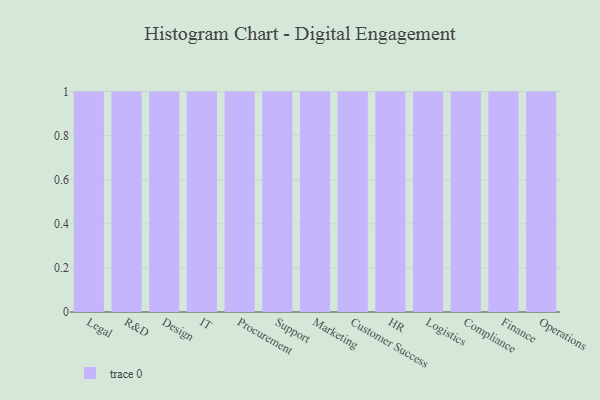
{"axis": {"x": "Department", "y": "Energy Usage (MWh)"}, "legend": [""], "data": [{"x": "Legal", "y": 24, "type": ""}, {"x": "R&D", "y": 46, "type": ""}, {"x": "Design", "y": 49, "type": ""}, {"x": "IT", "y": 74, "type": ""}, {"x": "Procurement", "y": 92, "type": ""}, {"x": "Support", "y": 82, "type": ""}, {"x": "Marketing", "y": 30, "type": ""}, {"x": "Customer Success", "y": 48, "type": ""}, {"x": "HR", "y": 73, "type": ""}, {"x": "Logistics", "y": 38, "type": ""}, {"x": "Compliance", "y": 38, "type": ""}, {"x": "Finance", "y": 92, "type": ""}, {"x": "Operations", "y": 87, "type": ""}]}